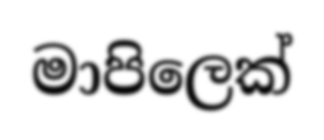
මාපිලෙක්